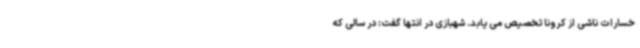
خسارات ناشی از کرونا تخصیص می یابد. شهبازی در انتها گفت: در سالی که